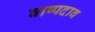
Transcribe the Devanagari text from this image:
वाष्पदाव